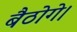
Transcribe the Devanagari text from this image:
बैठोगे।